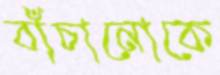
বাঁচানোকে